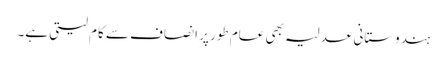
ہندوستانی عدلیہ بھی عام طور پر انصاف سے کام لیتی ہے۔